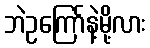
ဘဲဥကြော်နဲ့မို့လား